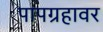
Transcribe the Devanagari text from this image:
पापग्रहावर